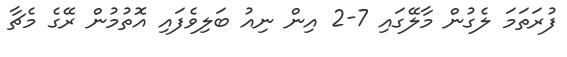
ފުރަތަމަ ލެގުން މާލޭގައި 7-2 އިން ނިއު ބަލިވެފައި އޮތުމުން ރޭގެ މެޗާ